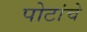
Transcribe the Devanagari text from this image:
पोटांचे